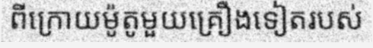
ពីក្រោយម៉ូតូមួយគ្រឿងទៀតរបស់